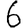
Digit: 6